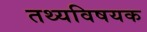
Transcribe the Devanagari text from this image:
तथ्यविषयक